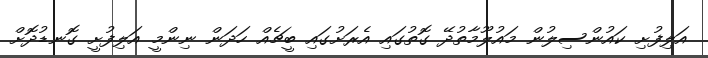
އަލިފުށި ކައުންސިލުން މައުލޫމާތުދޭ ގޮތުގައި އެރަށުގައި ބީޗެއް ހަދަން ނިންމީ އަލިފުށީ ގޮނޑުދޮށް